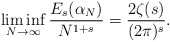
\begin{align*}\liminf_{N\rightarrow\infty}\frac{E_{s}(\alpha_{N})}{N^{1+s}}=\frac{2\zeta(s)}{(2\pi)^{s}}.\end{align*}